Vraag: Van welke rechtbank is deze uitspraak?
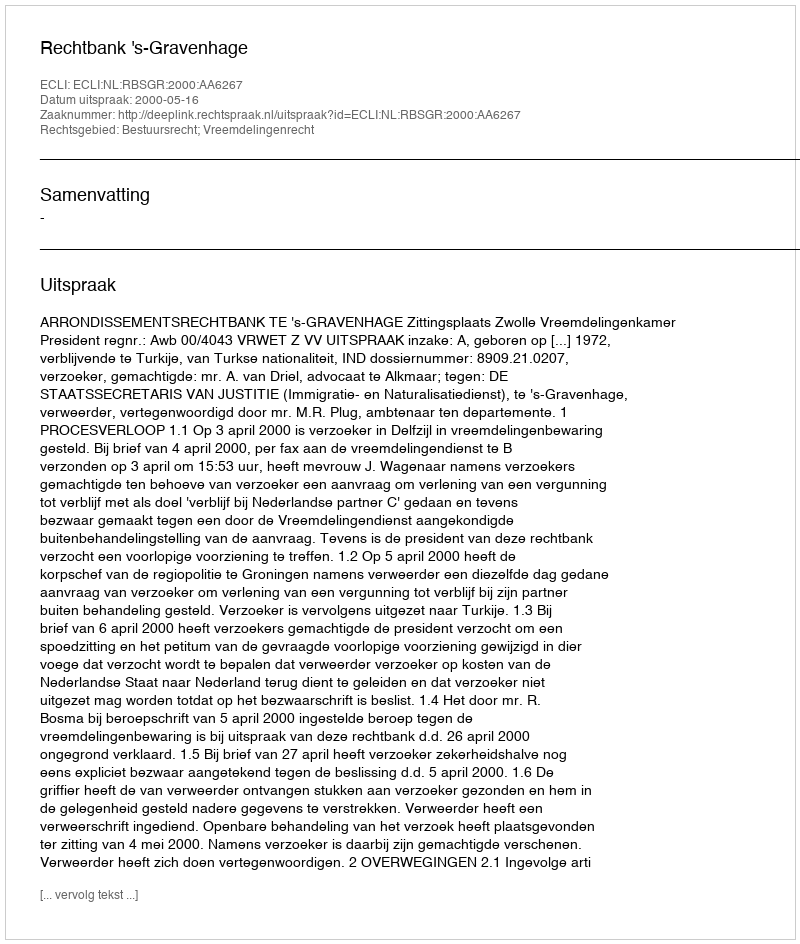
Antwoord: Rechtbank 's-Gravenhage